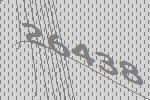
26438